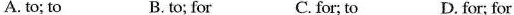
A. to; to B. to; for C. for; to D. for; for